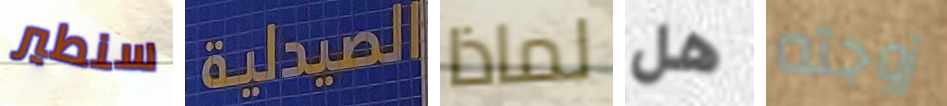
سنطير الصيدلية لماذا هل زوجته